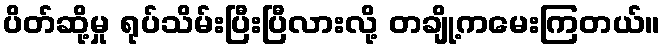
ပိတ်ဆို့မှု ရုပ်သိမ်းပြီးပြီလားလို့ တချို့ကမေးကြတယ်။